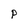
Character: p